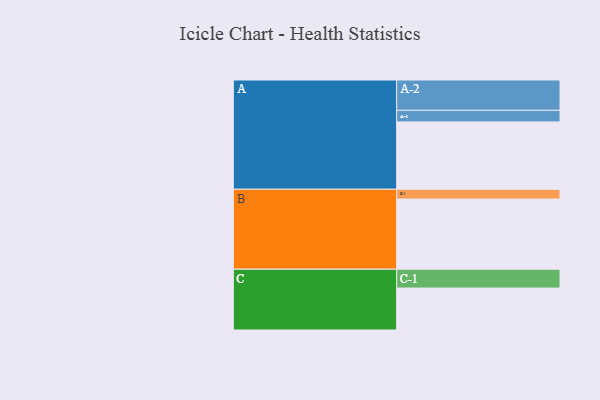
{"axis": {"x": "Segment", "y": "Value"}, "legend": ["", "A", "B", "C"], "data": [{"x": "A", "y": 515, "type": ""}, {"x": "B", "y": 537, "type": ""}, {"x": "C", "y": 321, "type": ""}, {"x": "A-1", "y": 89, "type": "A"}, {"x": "A-2", "y": 232, "type": "A"}, {"x": "B-1", "y": 75, "type": "B"}, {"x": "C-1", "y": 144, "type": "C"}]}